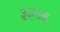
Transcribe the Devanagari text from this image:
३३७६